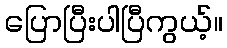
ပြောပြီးပါပြီကွယ့်။